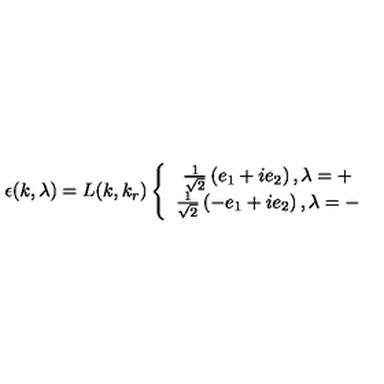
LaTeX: \epsilon ( k , \lambda ) = L ( k , k _ { r } ) \left\{ \begin{array} { c } { \frac { 1 } { \sqrt { 2 } } \left( e _ { 1 } + i e _ { 2 } \right) , \lambda = + } \\ { \frac { 1 } { \sqrt { 2 } } \left( - e _ { 1 } + i e _ { 2 } \right) , \lambda = - } \\ \end{array} \right.